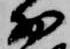
少